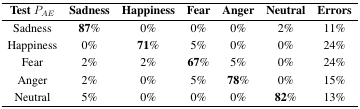
<table><thead><tr><td><b>Test<i>P<sub>AE</sub></i></b></td><td><b>Sadness</b></td><td><b>Happiness</b></td><td><b>Fear</b></td><td><b>Anger</b></td><td><b>Neutral</b></td><td><b>Errors</b></td></tr></thead><tbody><tr><td>Sadness</td><td><b>87%</b></td><td>0%</td><td>0%</td><td>0%</td><td>2%</td><td>11%</td></tr><tr><td>Happiness</td><td>0%</td><td><b>71%</b></td><td>5%</td><td>0%</td><td>0%</td><td>24%</td></tr><tr><td>Fear</td><td>2%</td><td>2%</td><td><b>67%</b></td><td>5%</td><td>0%</td><td>24%</td></tr><tr><td>Anger</td><td>2%</td><td>0%</td><td>5%</td><td><b>78%</b></td><td>0%</td><td>15%</td></tr><tr><td>Neutral</td><td>5%</td><td>0%</td><td>0%</td><td>0%</td><td><b>82%</b></td><td>13%</td></tr></tbody></table>